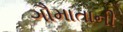
ગૌમાતાની